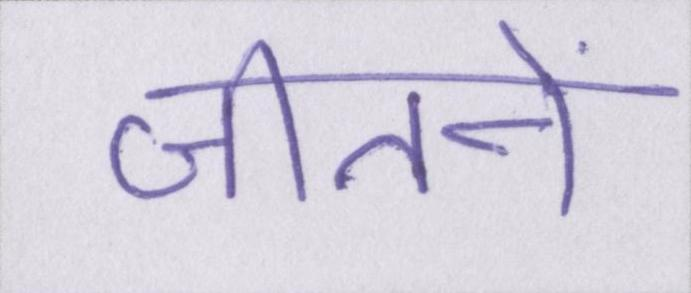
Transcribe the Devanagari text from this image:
जीतनें